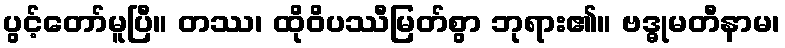
ပွင့်တော်မူပြီ။ တဿ၊ ထိုဝိပဿီမြတ်စွာ ဘုရား၏။ ဗဒ္ဓုမတီနာမ၊